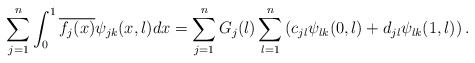
\begin{align*} \sum_{j=1}^n\int_0^1 \overline{f_j(x)} \psi_{jk}(x,\l) dx = \sum_{j=1}^n G_j(\l) \sum_{l=1}^n \left(c_{jl} \psi_{lk}(0,\l) + d_{jl} \psi_{lk}(1,\l)\right).\end{align*}